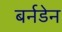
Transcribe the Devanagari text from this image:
बर्नडेन